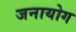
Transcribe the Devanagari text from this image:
जनायोग